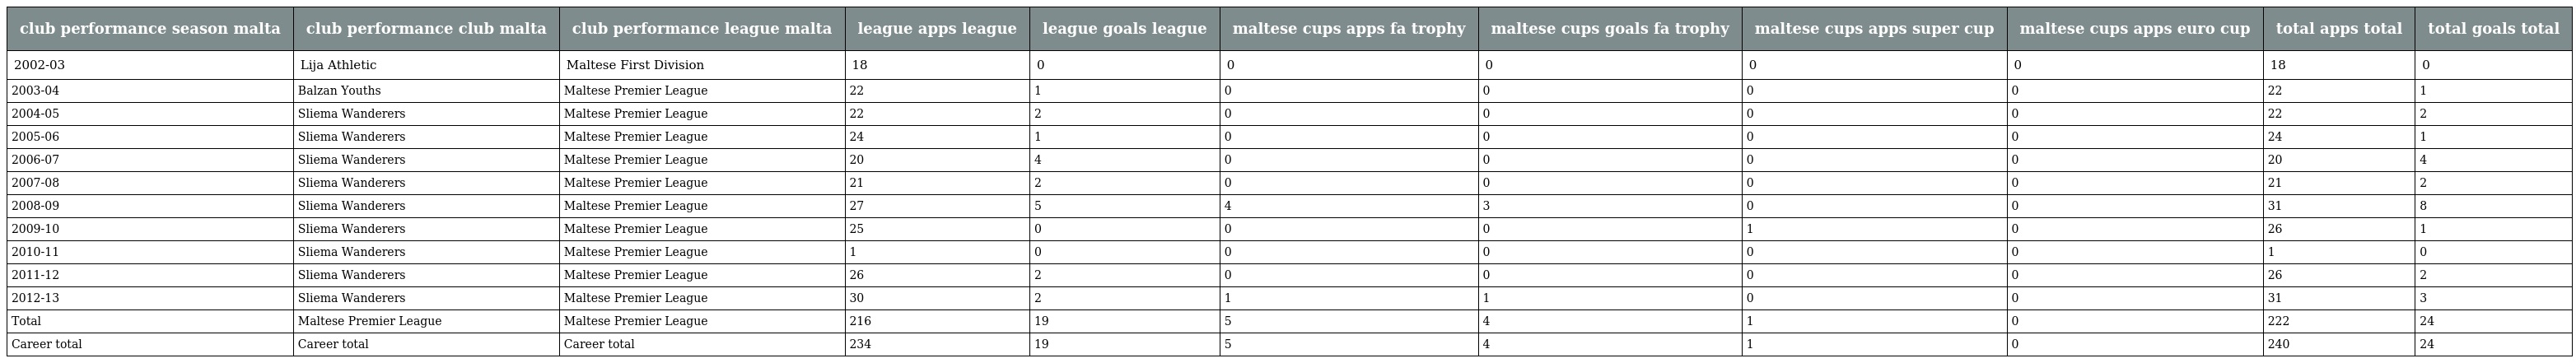
| club performance season malta | club performance club malta | club performance league malta | league apps league | league goals league | maltese cups apps fa trophy | maltese cups goals fa trophy | maltese cups apps super cup | maltese cups apps euro cup | total apps total | total goals total |
 | --- | --- | --- | --- | --- | --- | --- | --- | --- | --- | --- |
 | 2002-03 | Lija Athletic | Maltese First Division | 18 | 0 | 0 | 0 | 0 | 0 | 18 | 0 |
 | 2003-04 | Balzan Youths | Maltese Premier League | 22 | 1 | 0 | 0 | 0 | 0 | 22 | 1 |
 | 2004-05 | Sliema Wanderers | Maltese Premier League | 22 | 2 | 0 | 0 | 0 | 0 | 22 | 2 |
 | 2005-06 | Sliema Wanderers | Maltese Premier League | 24 | 1 | 0 | 0 | 0 | 0 | 24 | 1 |
 | 2006-07 | Sliema Wanderers | Maltese Premier League | 20 | 4 | 0 | 0 | 0 | 0 | 20 | 4 |
 | 2007-08 | Sliema Wanderers | Maltese Premier League | 21 | 2 | 0 | 0 | 0 | 0 | 21 | 2 |
 | 2008-09 | Sliema Wanderers | Maltese Premier League | 27 | 5 | 4 | 3 | 0 | 0 | 31 | 8 |
 | 2009-10 | Sliema Wanderers | Maltese Premier League | 25 | 0 | 0 | 0 | 1 | 0 | 26 | 1 |
 | 2010-11 | Sliema Wanderers | Maltese Premier League | 1 | 0 | 0 | 0 | 0 | 0 | 1 | 0 |
 | 2011-12 | Sliema Wanderers | Maltese Premier League | 26 | 2 | 0 | 0 | 0 | 0 | 26 | 2 |
 | 2012-13 | Sliema Wanderers | Maltese Premier League | 30 | 2 | 1 | 1 | 0 | 0 | 31 | 3 |
 | Total | Maltese Premier League | Maltese Premier League | 216 | 19 | 5 | 4 | 1 | 0 | 222 | 24 |
 | Career total | Career total | Career total | 234 | 19 | 5 | 4 | 1 | 0 | 240 | 24 |